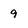
Character: 9